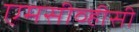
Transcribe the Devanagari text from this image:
एमसीव्हीसी